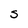
Character: S